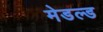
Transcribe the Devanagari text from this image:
मेडल्ड